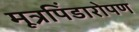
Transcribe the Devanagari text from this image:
मूत्रपिंडारोपण